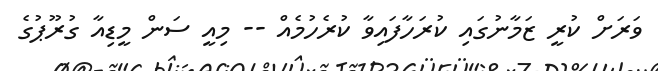
ވަރަށް ކުރީ ޒަމާނުގައި ކުރަހާފައިވާ ކުރެހުމެއް -- މިއީ ސަން މީޑިއާ ގުރޫޕުގެ